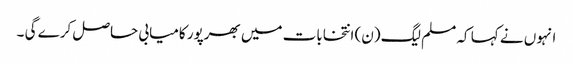
انہوں نے کہا کہ مسلم لیگ (ن) انتخابات میں بھرپور کامیابی حاصل کرے گی ۔